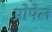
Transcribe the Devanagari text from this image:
प्रोपेल